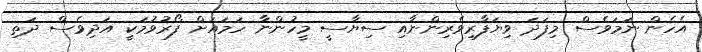
އެހެން ނަމަވެސް މިފަދަ ވިޔަފާރިވެރިންނާއި ސިޔާސީ މީހުންނާ ހަމައަށް ފޯރުވުމަކީ އަދިވެސް ދަތި